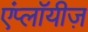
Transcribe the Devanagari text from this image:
एंप्लॉयीज़